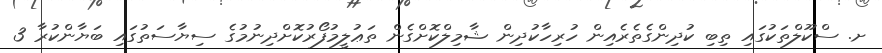
ށ. ސްކޫލްތަކުގައި ތިބި ކުދިންގެތެރެއިން ހުރިހާކުދިން ޝާމިލްކޮށްގެން ތަޢުލީމުފޯރުކޮށްދިނުމުގެ ސިޔާސަތުގައި ބަޔާންކުރާ 3